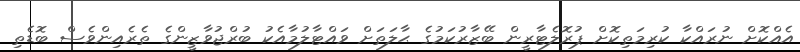
އެއްކޮށް ނުރައްކާ ކުރިމަތިކޮށް ޕުރޮލެޓާރީން ބޭޒާރުކަމުގެ ޙާލަތަށް ވައްޓާލުމާއެކު ބުރްޖުވާޒީންގެ ތެރެއިންވެސް ބޮޑެތި